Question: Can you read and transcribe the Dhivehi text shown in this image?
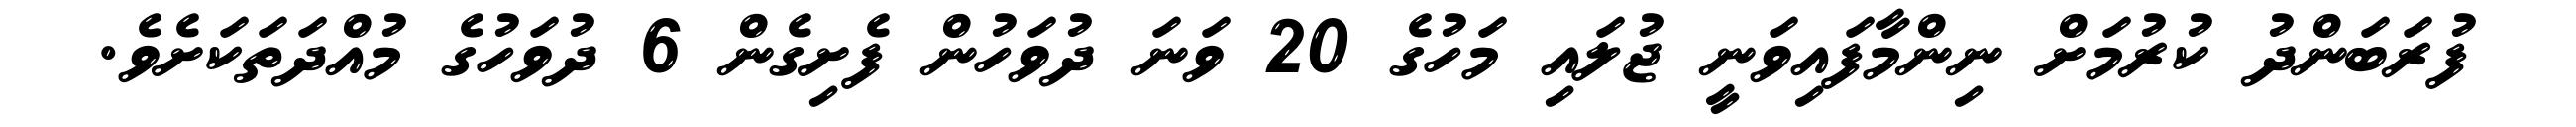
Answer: ފުރަބަންދު ކުރުމަށް ނިންމާފައިވަނީ ޖުލައި މަހުގެ 20 ވަނަ ދުވަހުން ފެށިގެން 6 ދުވަހުގެ މުއްދަތަކަށެވެ.